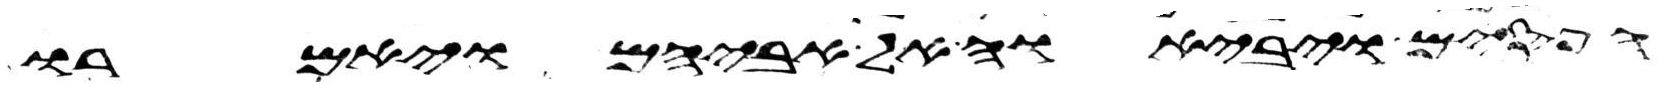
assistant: הפסים ויביאו אל אביהם ויאמרו